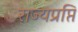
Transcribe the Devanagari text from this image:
राज्यप्रप्ति